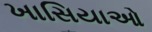
ખાસિયાઓ